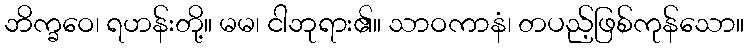
ဘိက္ခဝေ၊ ရဟန်းတို့။ မမ၊ ငါဘုရား၏။ သာဝကာနံ၊ တပည့်ဖြစ်ကုန်သော။